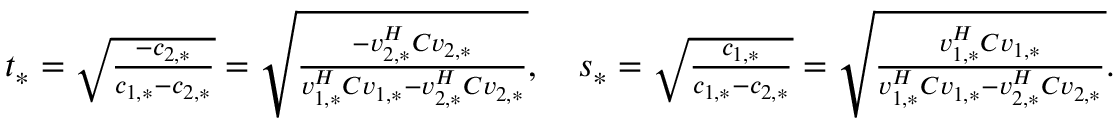
\begin{array} { r } { t _ { * } = \sqrt { \frac { - c _ { 2 , * } } { c _ { 1 , * } - c _ { 2 , * } } } = \sqrt { \frac { - v _ { 2 , * } ^ { H } C v _ { 2 , * } } { v _ { 1 , * } ^ { H } C v _ { 1 , * } - v _ { 2 , * } ^ { H } C v _ { 2 , * } } } , \quad s _ { * } = \sqrt { \frac { c _ { 1 , * } } { c _ { 1 , * } - c _ { 2 , * } } } = \sqrt { \frac { v _ { 1 , * } ^ { H } C v _ { 1 , * } } { v _ { 1 , * } ^ { H } C v _ { 1 , * } - v _ { 2 , * } ^ { H } C v _ { 2 , * } } } . } \end{array}